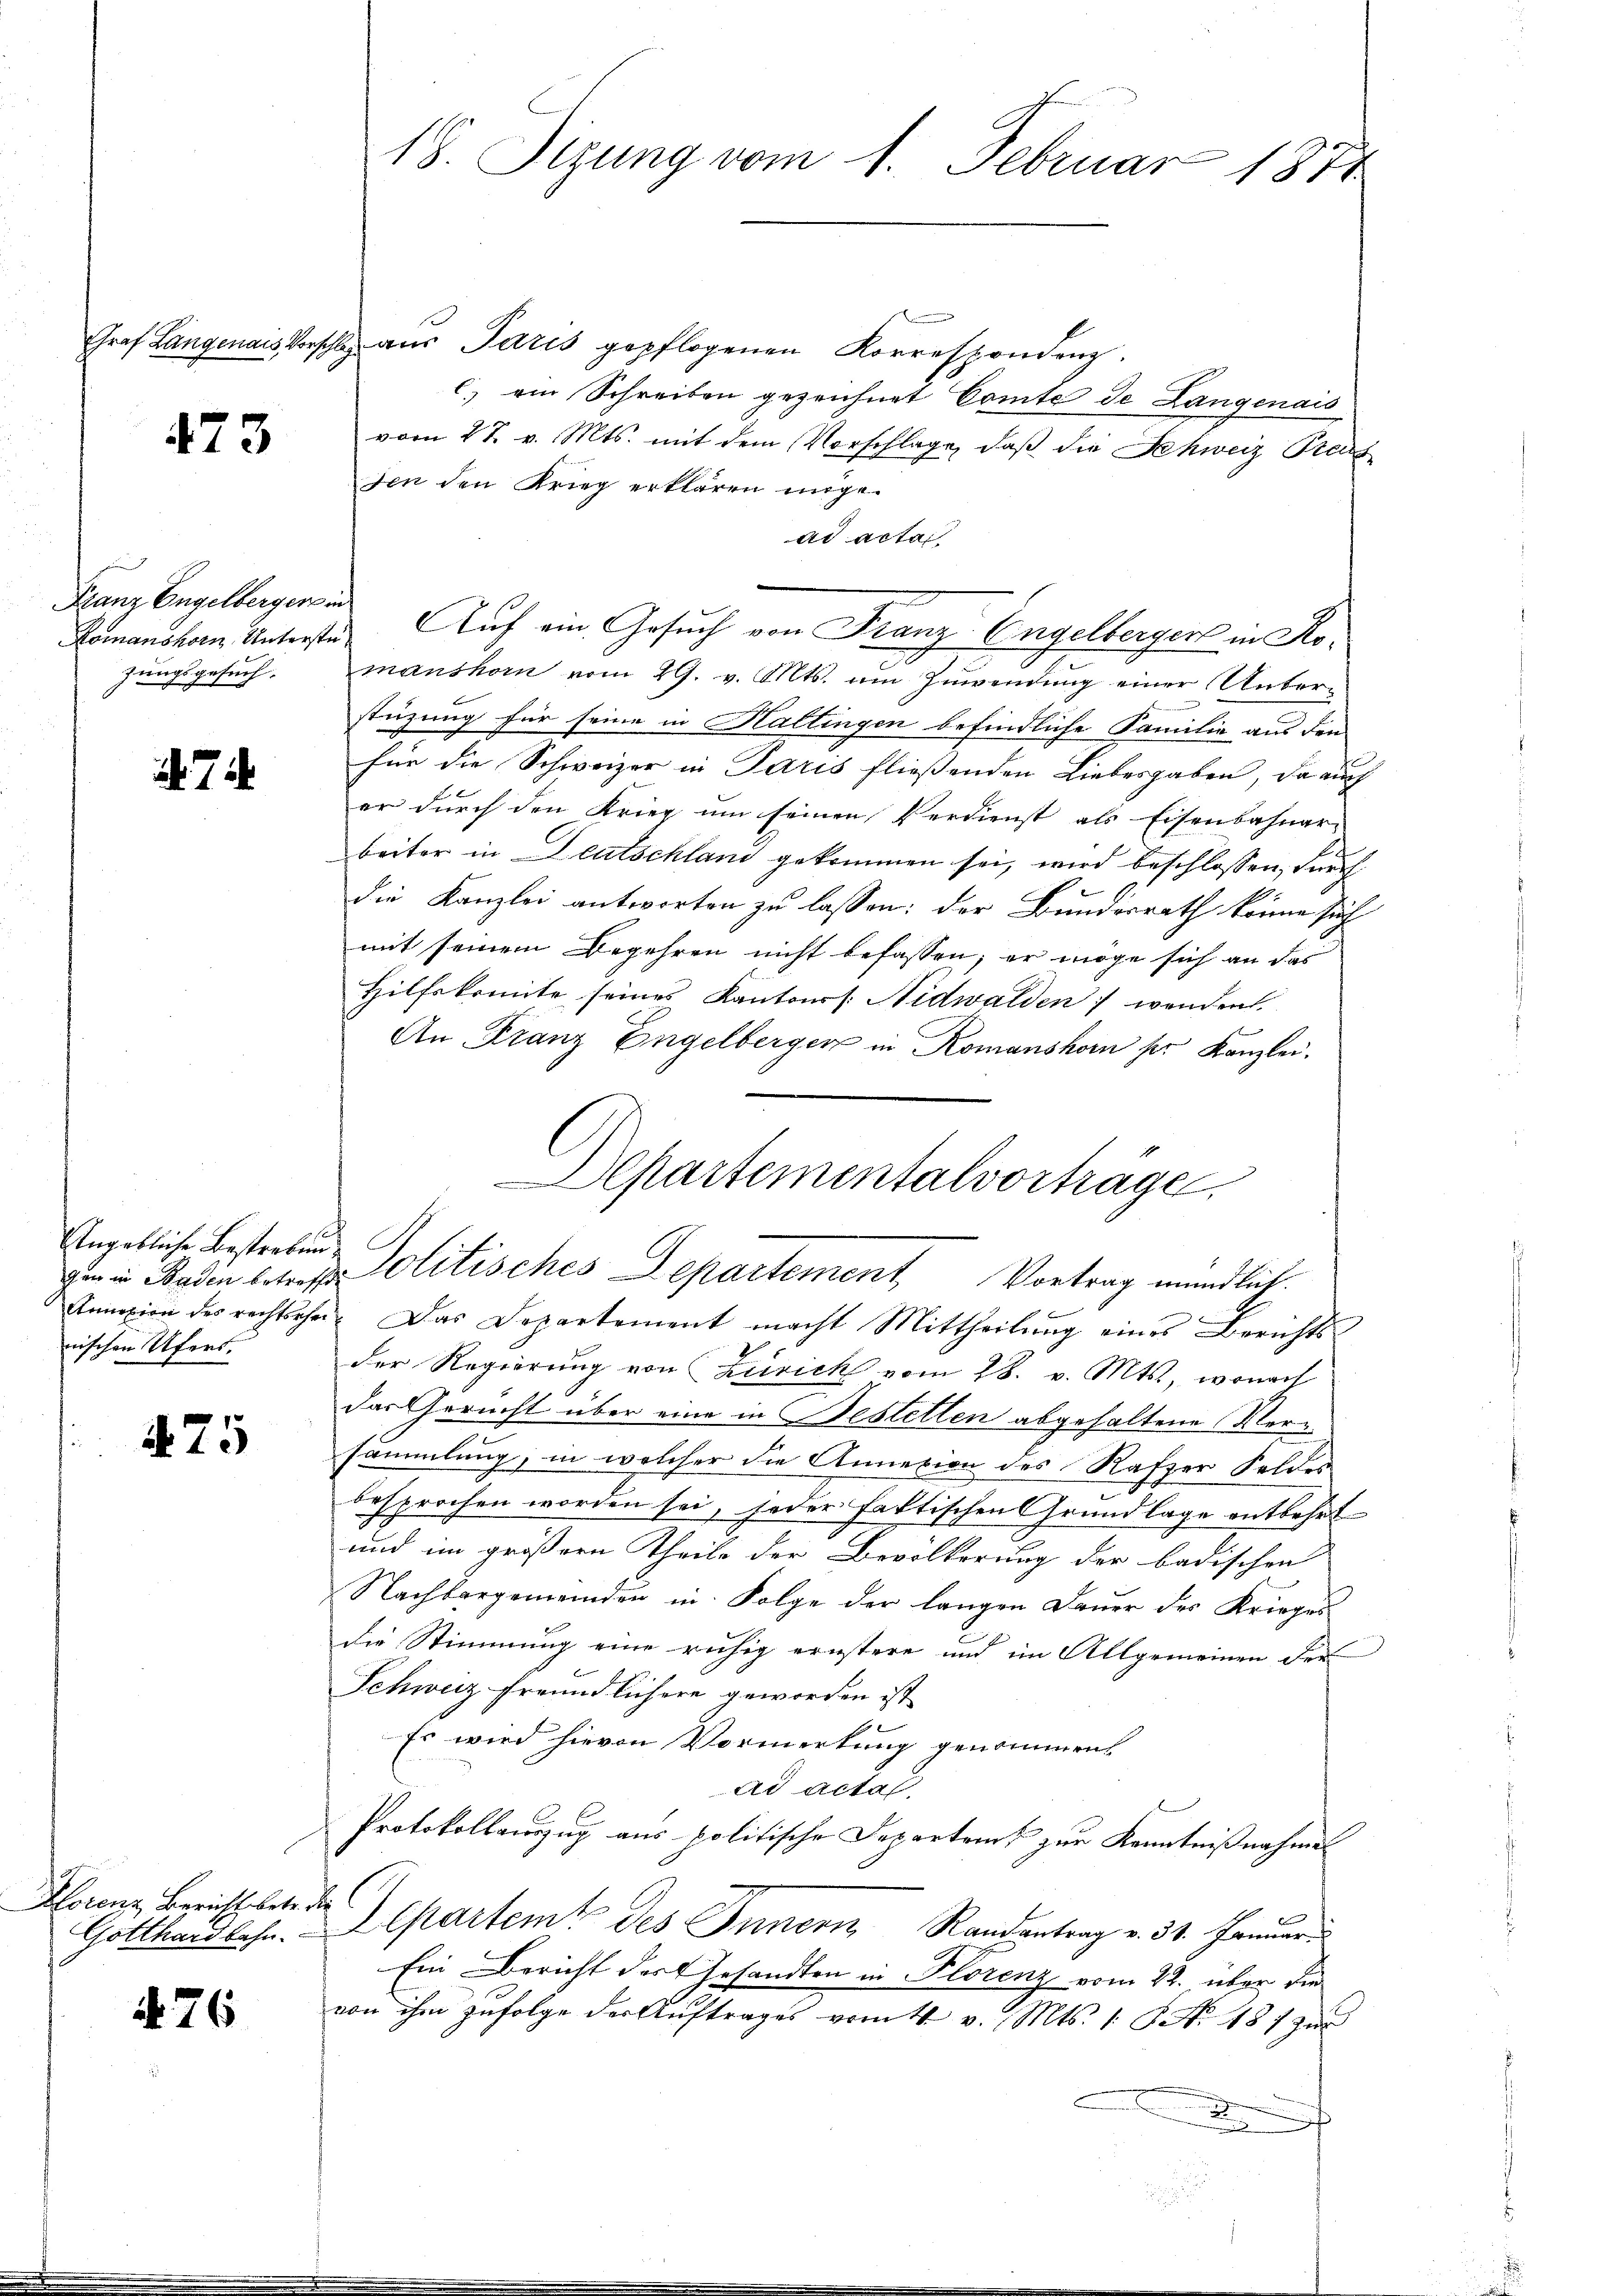
473

Franz Engelbergerin
zungsgesuch.

7

Ungebliche Bestrebung
nischen Ufert.

475

Hlorenz Bericht betr. die

76

n
Graf Langenais Vorschl aŭs Paris gepflogenen Korrespondenz.
C. ein Schreiben gezeichnet Comte de Langenais
vom 27. v. Mts. mit dem Vorschlage, daß die Schweiz Preis
den den Krieg erklären möge.
ad acta
Lemanshorn Unterste Auf ein Gesuch von Franz Engelbergers in Komanshorn vom 29. v. Mts. um Zuwendung einer Unterstüzung für seine in Haltingen befindliche Familie aus den
für die Schweizer in Paris fließenden Liebesgaben, da auch
er durch den Krieg um seinen Verdienst als Eisenbahnar-
beiter in Deutschland gekommen sei, wird beschlossen, durch
Die Kanzlei antworten zu lassen; der Bundesrath könne such
mit seinem Begehren nicht befassen; er möge sich an das
Hilfskomite seines Kantonss: Nidwalden wenden
An Franz Engelberger in Komanshorn pr. Kanzlei.
Annexion des rechtschen. Das Departement macht Mittheilŭng eines Berichts-
der Regierung von Zürich vom 28. v. Mts., wonach
das Gericht über eine in Bestellen abgehaltene Versammlung, in welcher die Annexion des Rafzer Feldes
besprochen worden sei, jeder faktischen Grundlage entbehrt
und im größern Theile der Bevölkerung der badischen
Nachbargemeinden in Folge der langen Dauer des Krieges
die Stimmung eine ruhig ernstere und im Allgemeinen der
Schweiz freundlichere geworden ist
Es wird hievon Vormerkung genommen
ad actal
Protokollanzug aus politische Departenk zur Kenntnißnahme
Gotthard lehn. Departemt des Innern Randantrag v. 31. Januar
Ein Bericht des Gesandten in Florenz vom 22. über die
von ihm zufolge der Aŭftrages vom 4. v. Mts. 1 S. N. 487 zur
d

18. Sizung vom 1. Februar 1874

Departementalvorträge.
gen in Baden erth olitisches Departement Vortrag mündlich.